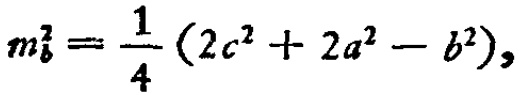
\[m_{b}^{2}=\frac{1}{4}(2c^{2}+2a^{2}-b^{2}),\]